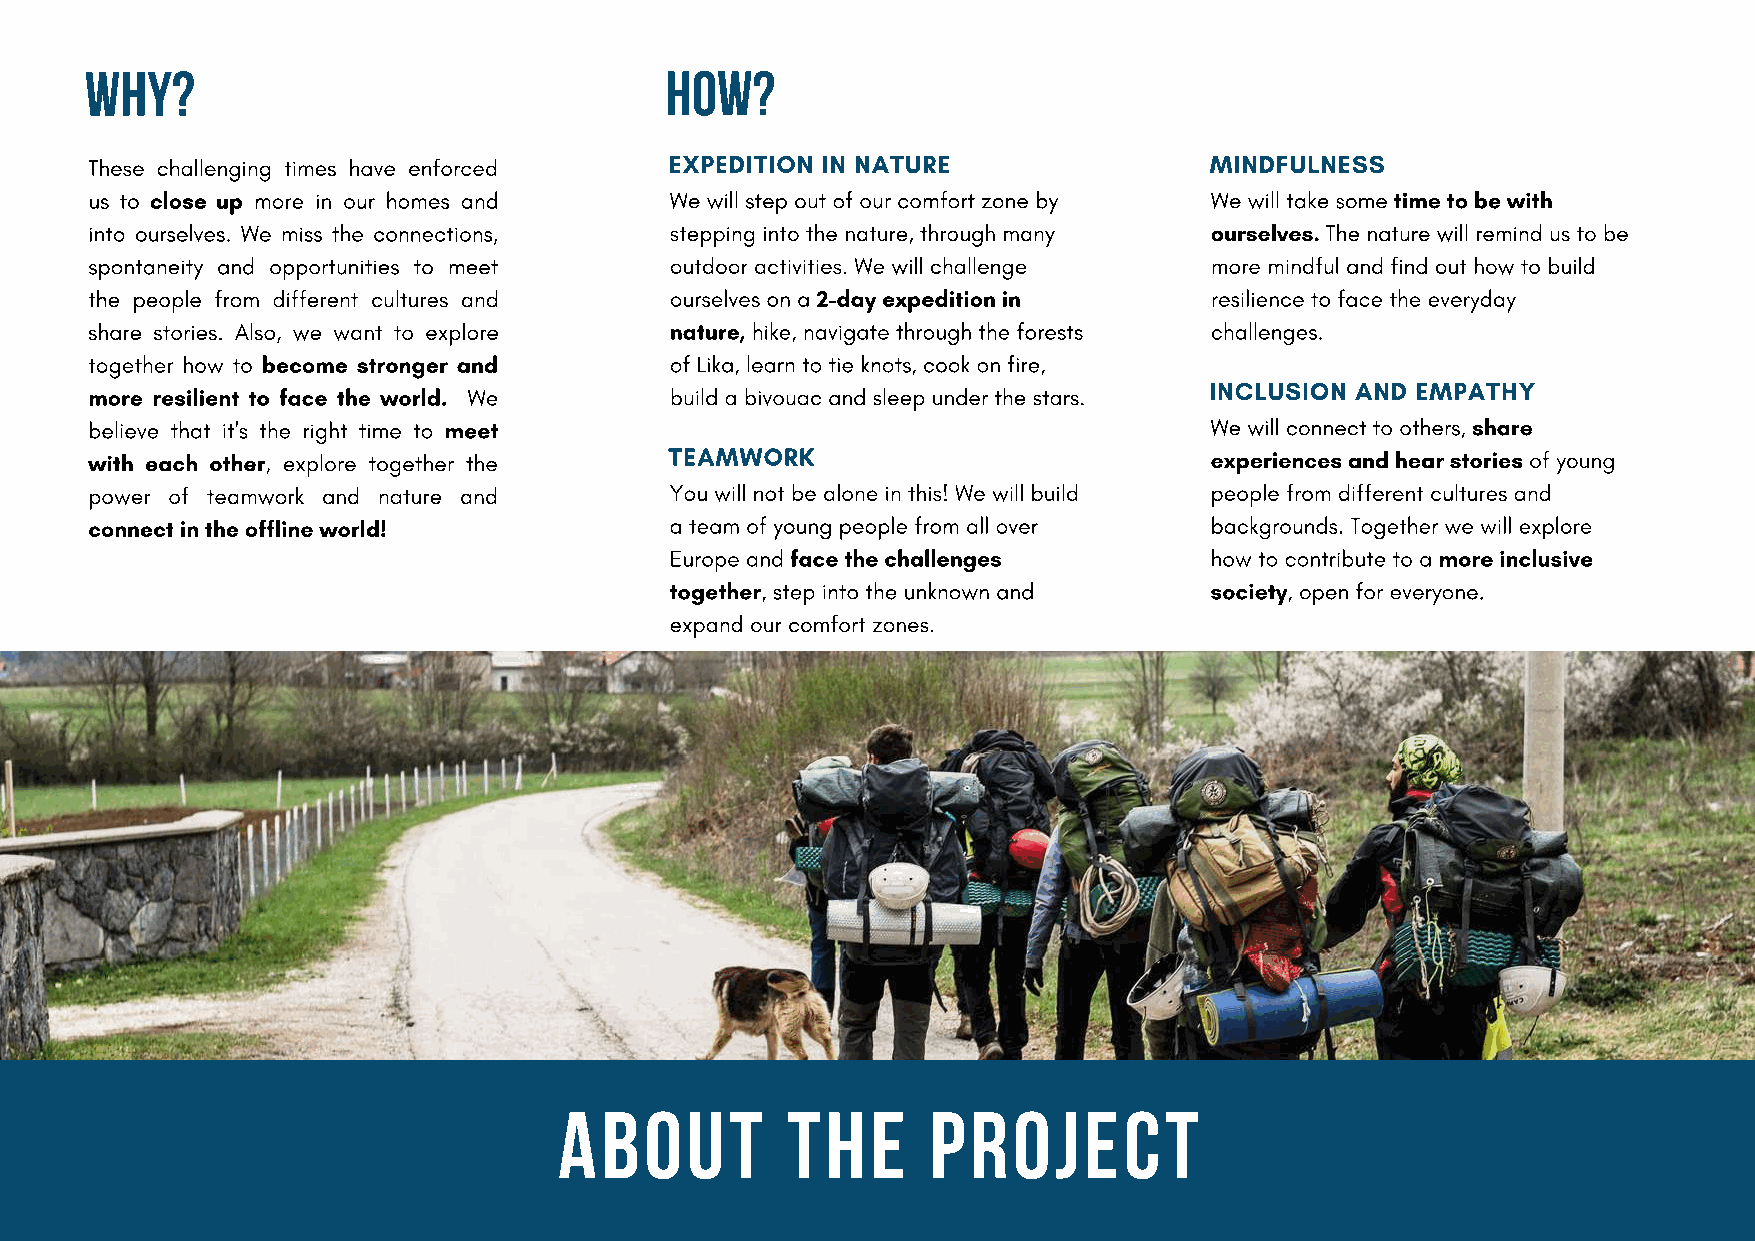
WHY?                                  HOW?
 These challenging times have enforced EXPEDITION IN NATURE                MINDFULNESS
 us to close up more in our homes and  We will step out of our comfort zone by We will take some time to be with
 into ourselves. We miss the connections, stepping into the nature, through many ourselves. The nature will remind us to be
 spontaneity and opportunities to meet outdoor activities. We will challenge more mindful and find out how to build
 the people from different cultures and ourselves on a 2-day expedition in resilience to face the everyday
 share stories. Also, we want to explore nature, hike, navigate through the forests challenges.
 together how to become stronger and   of Lika, learn to tie knots, cook on fire,
 INCLUSION AND EMPATHY
 more resilient to face the world. We  build a bivouac and sleep under the stars.
 believe that it's the right time to meet                                  We will connect to others, share
 with each other, explore together the TEAMWORK                            experiences and hear stories of young
 power of teamwork and nature and      You will not be alone in this! We will build people from different cultures and
 connect in the offline world!         a team of young people from all over backgrounds. Together we will explore
 Europe and face the challenges      how to contribute to a more inclusive
 together, step into the unknown and society, open for everyone.
 expand our comfort zones.
 ABOUT          THE      PROJECT